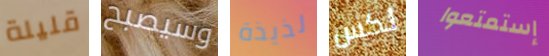
قليلة وسيصبح لذيذة لكس إستمتعوا